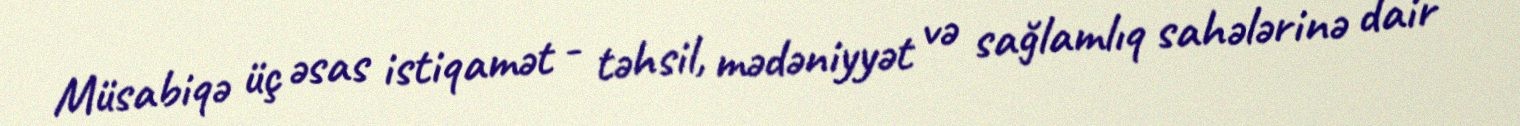
Müsabiqə üç əsas istiqamət - təhsil, mədəniyyət və sağlamlıq sahələrinə dair